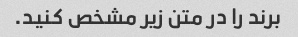
برند را در متن زیر مشخص کنید.